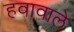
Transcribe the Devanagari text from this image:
हवावाले